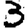
Digit: 3